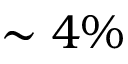
\sim 4 \%